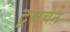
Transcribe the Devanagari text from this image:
टूलचेन